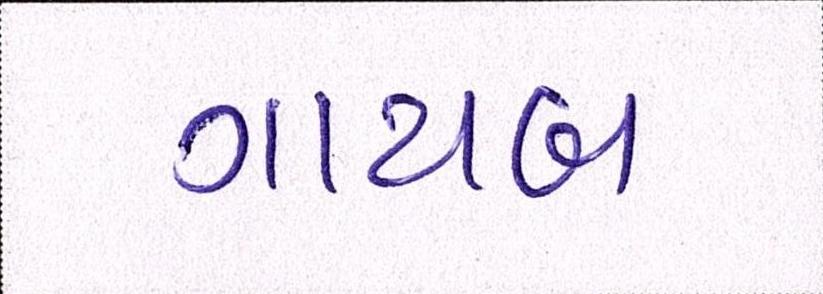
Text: ગાયબ